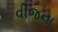
વીજના